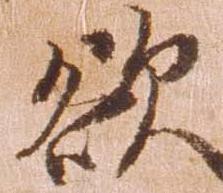
欲